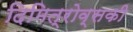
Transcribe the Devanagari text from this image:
दिमित्रोव्सकी